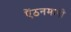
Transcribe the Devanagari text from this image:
ऐंठनमापी